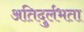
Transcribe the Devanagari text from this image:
अतिदुर्लभता